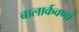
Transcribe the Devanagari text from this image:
बालार्कवणां